Annual administration report of the Civil Veterinary Department, Ajmere-Merwara, British Rajputana - 1914-1940
Year: 1914
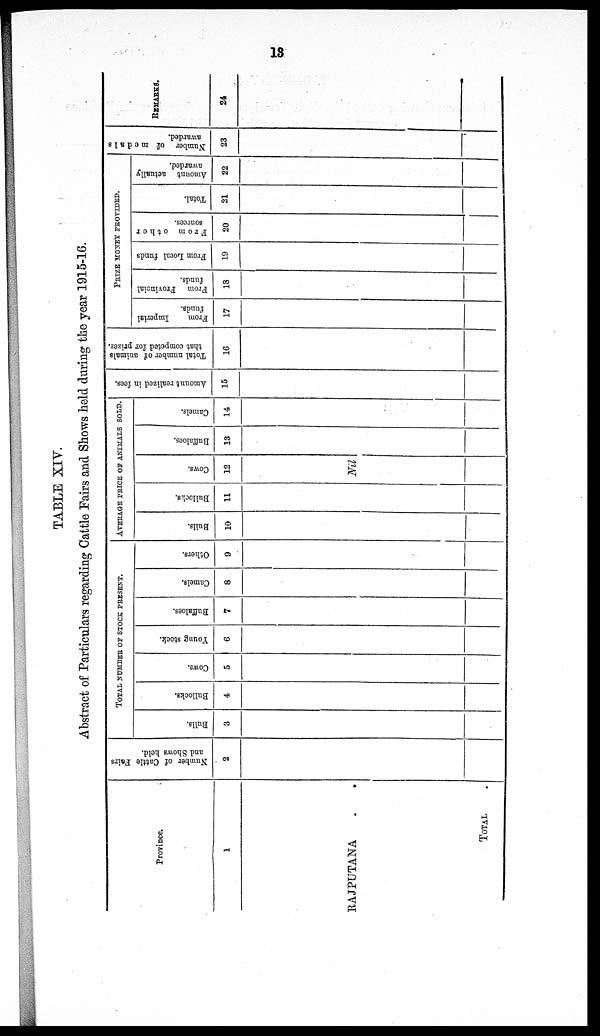
13
TABLE XIV.
Abstract of Particulars regarding Cattle Fairs and Shows held during the year 1915-16.
Province.
1
RAJPUTANA . .
TOTAL .
Number of Cattle Fairs
and Shows held.
2
TOTAL NUMBER OF STOCK PRESENT.
Bulls.
3
Bullocks.
4
Cows.
5
Young stock.
6
Buffaloes.
7
Camels.
8
Others.
9
AVERAGE PRICE OF ANIMALS SOLD.
Bulls.
10
Bullocks.
11
Cows.
12
Nil
Buffaloes.
13
Camels.
14
Amount realized in fees.
15
Total number of animals
that competed for prizes.
16
PRIZE MONEY PROVIDED.
From
Imperial
funds.
17
From
Provincial
funds.
18
From Local funds
19
From other
sources.
20
Total.
21
Amount actually
awarded.
22
Number of medals
awarded.
23
REMARKS.
24